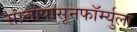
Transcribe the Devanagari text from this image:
सालापासूनफॉर्म्युला